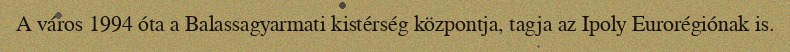
A város 1994 óta a Balassagyarmati kistérség központja, tagja az Ipoly Eurorégiónak is.